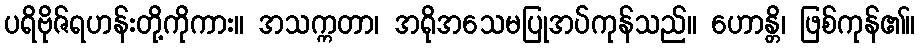
ပရိဗိုဇ်ရဟန်းတို့ကိုကား။ အသက္ကတာ၊ အရိုအသေမပြုအပ်ကုန်သည်။ ဟောန္တိ၊ ဖြစ်ကုန်၏။